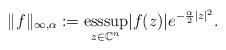
LaTeX: \begin{align*}\| f\|_{\infty,\alpha} := \underset{z \in \mathbb{C}^n}{\operatorname{ess sup}} | f(z)|e^{-\frac{\alpha}{2}|z|^2}.\end{align*}